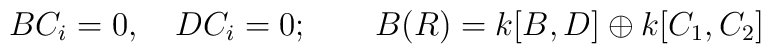
BC_i=0,\quad DC_i=0;\qquad  B(R)=k[B,D]\oplus k[C_1,C_2]